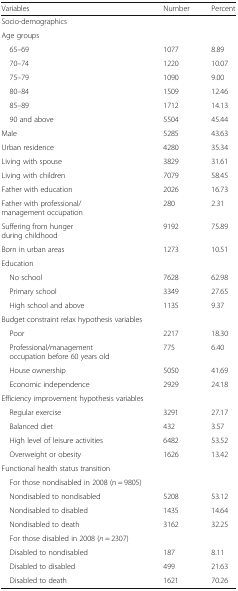
<table><thead><tr><td><b>Variables</b></td><td><b>Number</b></td><td><b>Percent</b></td></tr></thead><tbody><tr><td colspan="3">Socio-demographics</td></tr><tr><td colspan="3">Age groups</td></tr><tr><td> 65–69</td><td>1077</td><td>8.89</td></tr><tr><td> 70–74</td><td>1220</td><td>10.07</td></tr><tr><td> 75–79</td><td>1090</td><td>9.00</td></tr><tr><td> 80–84</td><td>1509</td><td>12.46</td></tr><tr><td> 85–89</td><td>1712</td><td>14.13</td></tr><tr><td> 90 and above</td><td>5504</td><td>45.44</td></tr><tr><td>Male</td><td>5285</td><td>43.63</td></tr><tr><td>Urban residence</td><td>4280</td><td>35.34</td></tr><tr><td>Living with spouse</td><td>3829</td><td>31.61</td></tr><tr><td>Living with children</td><td>7079</td><td>58.45</td></tr><tr><td>Father with education</td><td>2026</td><td>16.73</td></tr><tr><td>Father with professional/ management occupation</td><td>280</td><td>2.31</td></tr><tr><td>Suffering from hunger during childhood</td><td>9192</td><td>75.89</td></tr><tr><td>Born in urban areas</td><td>1273</td><td>10.51</td></tr><tr><td colspan="3">Education</td></tr><tr><td> No school</td><td>7628</td><td>62.98</td></tr><tr><td> Primary school</td><td>3349</td><td>27.65</td></tr><tr><td> High school and above</td><td>1135</td><td>9.37</td></tr><tr><td colspan="3">Budget constraint relax hypothesis variables</td></tr><tr><td> Poor</td><td>2217</td><td>18.30</td></tr><tr><td> Professional/management occupation before 60 years old</td><td>775</td><td>6.40</td></tr><tr><td> House ownership</td><td>5050</td><td>41.69</td></tr><tr><td> Economic independence</td><td>2929</td><td>24.18</td></tr><tr><td colspan="3">Efficiency improvement hypothesis variables</td></tr><tr><td> Regular exercise</td><td>3291</td><td>27.17</td></tr><tr><td> Balanced diet</td><td>432</td><td>3.57</td></tr><tr><td> High level of leisure activities</td><td>6482</td><td>53.52</td></tr><tr><td> Overweight or obesity</td><td>1626</td><td>13.42</td></tr><tr><td colspan="3">Functional health status transition</td></tr><tr><td> For those nondisabled in 2008 (n = 9805)</td><td></td><td></td></tr><tr><td> Nondisabled to nondisabled</td><td>5208</td><td>53.12</td></tr><tr><td> Nondisabled to disabled</td><td>1435</td><td>14.64</td></tr><tr><td> Nondisabled to death</td><td>3162</td><td>32.25</td></tr><tr><td colspan="3"> For those disabled in 2008 (<i>n</i> = 2307)</td></tr><tr><td> Disabled to nondisabled</td><td>187</td><td>8.11</td></tr><tr><td> Disabled to disabled</td><td>499</td><td>21.63</td></tr><tr><td> Disabled to death</td><td>1621</td><td>70.26</td></tr></tbody></table>